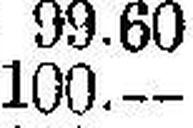
100.—